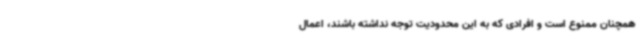
همچنان ممنوع است و افرادی که به این محدودیت توجه نداشته باشند، اعمال